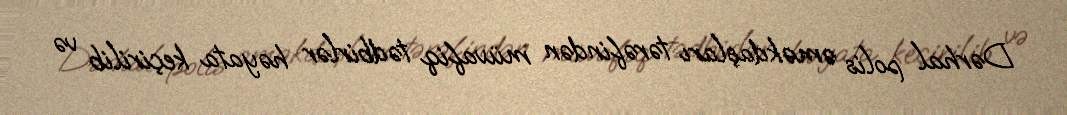
Dərhal polis əməkdaşları tərəfindən müvafiq tədbirlər həyata keçirilib və